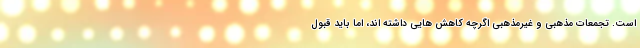
است. تجمعات مذهبی و غیرمذهبی اگرچه کاهش هایی داشته اند، اما باید قبول